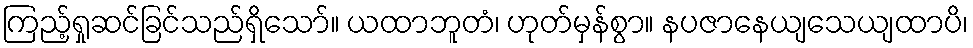
ကြည့်ရှုဆင်ခြင်သည်ရှိသော်။ ယထာဘူတံ၊ ဟုတ်မှန်စွာ။ နပဇာနေယျသေယျထာပိ၊